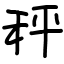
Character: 秤